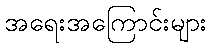
အရေးအကြောင်းများ